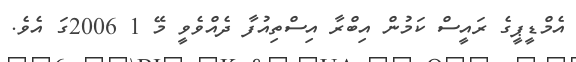
އެމްޑީޕީގެ ރައީސް ކަމުން އިބްރާ އިސްތިއުފާ ދެއްވެވީ މޭ 1 2006ގަ އެވެ.